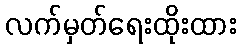
လက်မှတ်ရေးထိုးထား